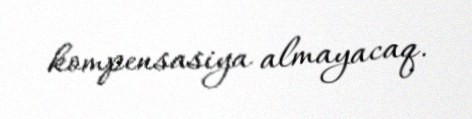
kompensasiya almayacaq.